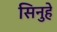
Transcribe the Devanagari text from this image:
सिनुहे